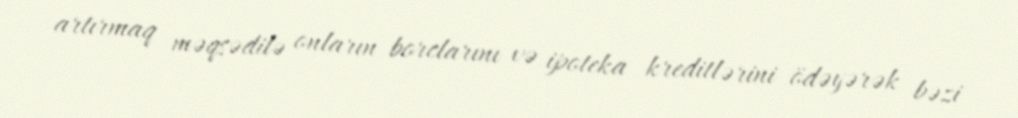
artırmaq məqsədilə onların borclarını və ipoteka kreditlərini ödəyərək bəzi